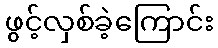
ဖွင့်လှစ်ခဲ့ကြောင်း